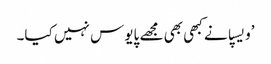
’ویسپا نے کبھی بھی مجھے پایوس نہیں کیا۔